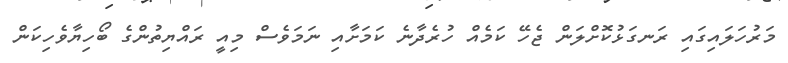
މަރުހަލައިގައި ރަނގަޅުކޮށްލަން ޖެހޭ ކަމެއް ހުރެދާނެ ކަމަށާއި ނަމަވެސް މިއީ ރައްޔިތުންގެ ބޯހިޔާވެހިކަން